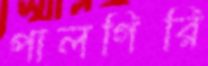
পালগিরি